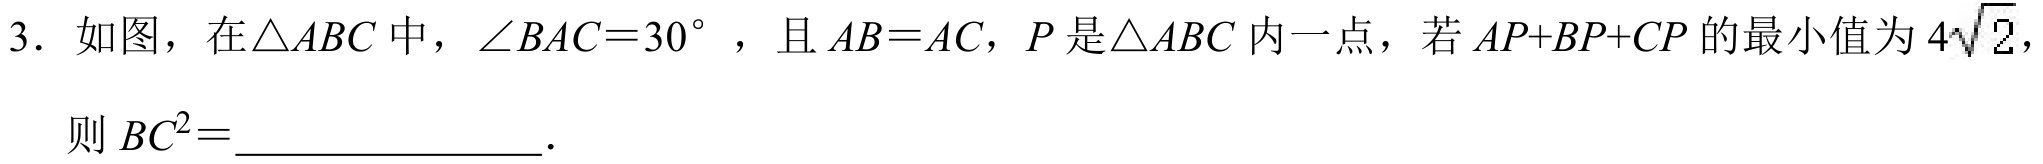
3. 如图，在\(\triangle ABC\)中，\(\angle BAC = 30^{\circ}\)，且\(AB = AC\)，\(P\)是\(\triangle ABC\)内一点，若\(AP + BP + CP\)的最小值为\(4\sqrt{2}\)，则\(BC^{2}=\)___________.